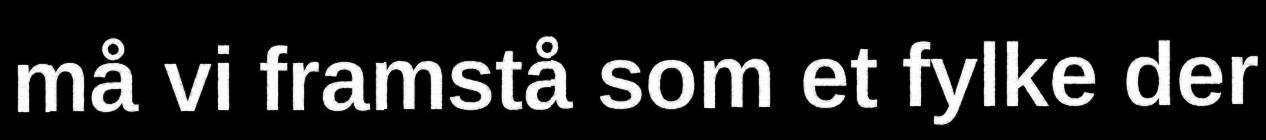
må vi framstå som et fylke der